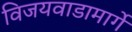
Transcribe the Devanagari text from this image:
विजयवाडामार्गे